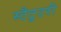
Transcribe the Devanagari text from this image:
स्टैटुटरी